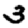
Digit: 3